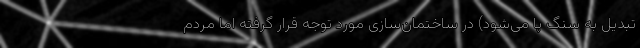
تبدیل به سنگ پا می‌شود) در ساختمان‌سازی مورد توجه قرار گرفته اما مردم